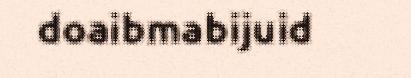
doaibmabijuid